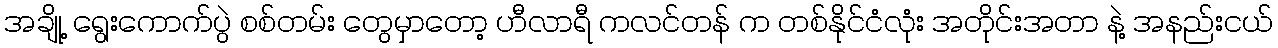
အချို့ ရွေးကောက်ပွဲ စစ်တမ်း တွေမှာတော့ ဟီလာရီ ကလင်တန် က တစ်နိုင်ငံလုံး အတိုင်းအတာ နဲ့ အနည်းငယ်